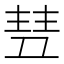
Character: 𬻥